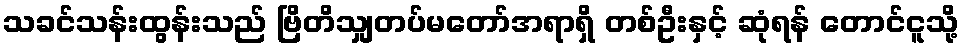
သခင်သန်းထွန်းသည် ဗြိတိသျှတပ်မတော်အရာရှိ တစ်ဦးနှင့် ဆုံရန် တောင်ငူသို့